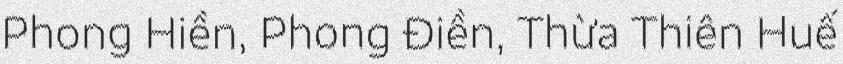
Phong Hiền, Phong Điền, Thừa Thiên Huế